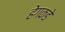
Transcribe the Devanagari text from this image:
हेगकडे